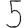
Digit: 5